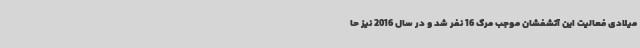
میلادی فعالیت این آتشفشان موجب مرگ 16 نفر شد و در سال 2016 نیز حا